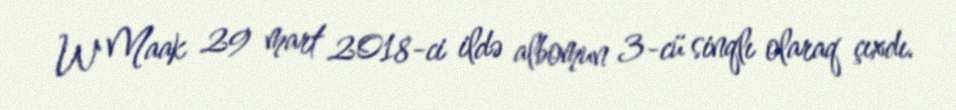
W Maak 29 mart 2018-ci ildə albomun 3-cü sinqlı olaraq çıxdı.